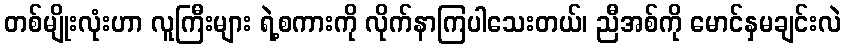
တစ်မျိုးလုံးဟာ လူကြီးများ ရဲ့စကားကို လိုက်နာကြပါသေးတယ်၊ ညီအစ်ကို မောင်နှမချင်းလဲ